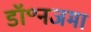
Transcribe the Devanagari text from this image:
डॉ॰नजमा